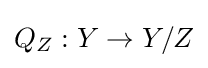
Q_{Z}:Y\to Y/Z